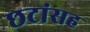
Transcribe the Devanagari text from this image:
छटांसह